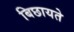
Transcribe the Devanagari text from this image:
बिछायते